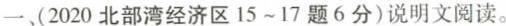
一、(2025北部湾经济区15-17题6分)说明文阅读。